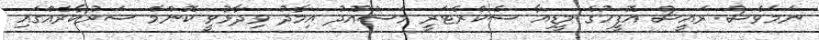
ނަމަވެސް ރައީސް އޮފީހުގެ މީޑިއާ ސެކްރެޓަރީ މަސްއޫދު އިމާދު ވިދާޅުވީ ކޮންމެ ސަރުކާރެއްގައި